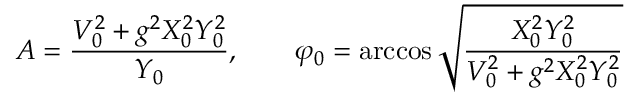
A = \frac { V _ { 0 } ^ { 2 } + g ^ { 2 } X _ { 0 } ^ { 2 } Y _ { 0 } ^ { 2 } } { Y _ { 0 } } , \qquad \varphi _ { 0 } = \operatorname { a r c c o s } \sqrt { \frac { X _ { 0 } ^ { 2 } Y _ { 0 } ^ { 2 } } { V _ { 0 } ^ { 2 } + g ^ { 2 } X _ { 0 } ^ { 2 } Y _ { 0 } ^ { 2 } } }